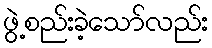
ဖွဲ့စည်းခဲ့သော်လည်း